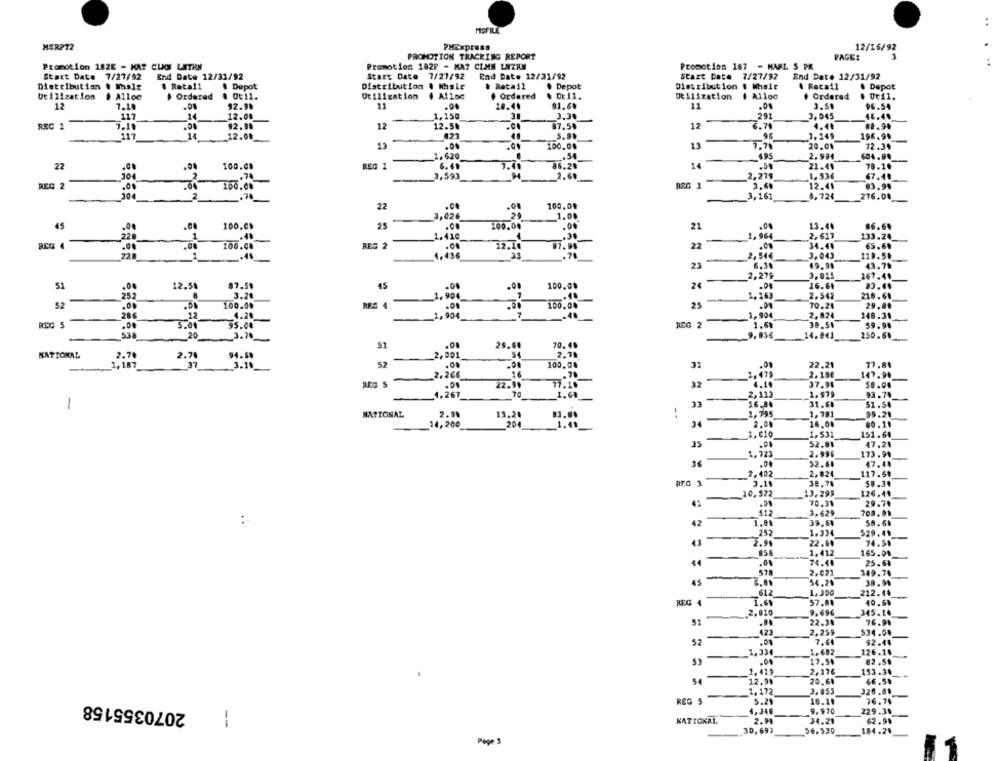
..
MSRP12
PMExpress
12/16/92
PROMOTION TRACKING REPORT
PAGE:
Promotion 182E - KAT CLOT LETRA
Promotion 182F - MA7 CLMN LNZRN
Promotion 187 - MARL 5 PR
Start Date 7/27/92
End Date 12/31/92
Start Date
7/27/92
End Date 12/31/92
Start Date 7/27/92
End Date 12/31/92
Distribution & Msle
. Retall
$ Depot
Distribution
& Retail
Depot
Distribution # Whsie
. Recall
. Depot
De 1 lization
# Alloc
Ordered
. Ot11.
Utilization
4 Alloc
Ordered
Utilization
I Alloc
Ordered
12
7.14
.01
12.9%
11
.00
20.40
91.6.
11
96.54
117
14
12.08
1,150
291
3,045
46.44
REC 1
7.11
92.90
12
12.50
87.50
12
6.70
4.440
88.94
117
14
12.00
021
1.149
196.94
12
100.00
13
7.70
72.34
.00
-
1.620
495
2.994
604.94
22
100.08
REG 1
6.4.
16.28
14
.51
21.44
78.1.
30
74
3,593
2.60
2.279
1,536
67.41
REG 2
.00
100.0%
BEG 1
3.68
12.44
83.9%
304
2
ENEN
3,161
8.724
276.08
22
.00
100.0%
3,026
1.00
45
.00
100.09
25
.00
100.04
.00
21
.00
13.41
86.6.
228
1
1.410
.3.
1,964
2.617
133.24
REG
200.48
REG 2
.04
12.1
07.94
22
.00
34.41
65,69
22
41
4,436
33
.7
2,544
3.043
120.50
23
6.38
49.91
43.79
2,279
3,015
167.40
51
.00
12.5₺
87.51
45
.00
100,00
2
.01
16.61
252
3.21
1.900
1.163
2.542
218.60
52
100.00
70.24
29.8.
25
28.6
22
4.20
-
1,904
1.90
2.824
148.31
REC 5
.00
5.00
55.08
REG 2
1.61
39.50
59.94
538
20
3.70_
9.856
14.041
250.60
S1
.08
25.64
70.48
NATIONAL
2.70
2.74
94.6
2,001
2.78
1,187
37
3.14
52
.08
100,0%
31
.00
22,21
77.81
2,266
1. 479
2.19€
-70
147.90
REG S
.01
32
4.10
37.91
50.00
4,267
2,113
1.979
93.74
-
33
16.84
31.6.
51.54
-
NATIONAL
2.98
13,20
-
1.79
1,781
99.24
14,200
204
34
2.00
14.00
00.11
1.010
1.531
151.60
35
52.91
47.24
1.723
2.996
173.98
.01
52.61
47.44
2.402
2.824
--
117.68
RF.G 3
38.78
58.34
10, 522
13.299
126.49
-
70,31
29.79
3.629
42
39.68
58.68
25
1.334
529.49
-
43
2.91
22.60
74.50
956
1.412
165.0%
44
74.40
25.6%
678
2.022
-
149.78
6.01
54.20
38.94
612
1.300
212.44
REG 4
1.61
57.88
40.69
-A,2,810
9.69€
345.14
22.34
76.99
423
2,259
534.04
52
.09
7.6
92.44
1,33
1.682
126.14
.0
17.50
82.50
2-176
153.34
-
1,419
$4
12,99
20,61
66.5₺
1.172
3.053
2070355158
REG 5
5.21
16.11
76.74
4.346
9.970
229.34
--
NATIOKAL
2.94
34.21
62.94
30,693
56.530
184.2.
1